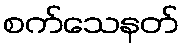
စက်သေနတ်